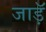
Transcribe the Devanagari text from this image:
जाड़ॅ